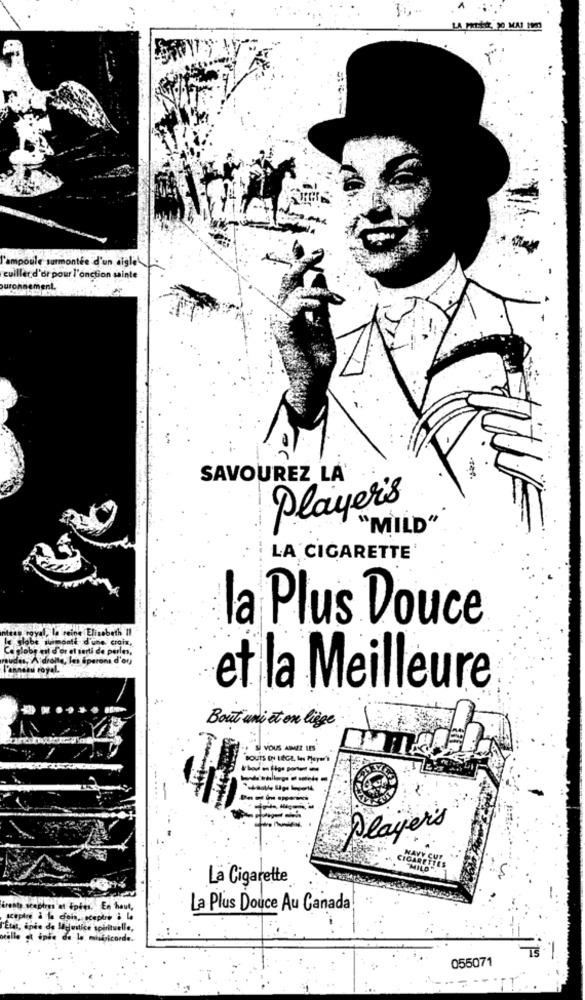
l'ampoule surmontée d'un aigle
cuiller d'or pour l'onction sainte
SAVOUREZ LA
Player's
"MILD"
LA CIGARETTE
la Plus Douce
au royal, la reine Elisabeth Il
globe surmonté d'une crois,
Camlobe mit d'or et serti de perles,
audis, A drolle, les sperons d'or)
l'anneau royal
et la Meilleure
Bout uni et on liège.
VOUS APEZ IES
BOUTS EN LEGE, IHs PlayN'Y
Player's
CIGARETTES
NAVY CUT
MILD . 1
La Cigarette
irenty sceptres et Epres. En haut,
La Plus Douce Au Canada
sceptre à la crois, sceptre & La
l'État, épée de lajustice spirituelle,
oeille et ipse de la miséricorde.
055071